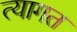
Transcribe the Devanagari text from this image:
त्यागत